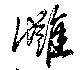
讐